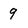
Character: 9